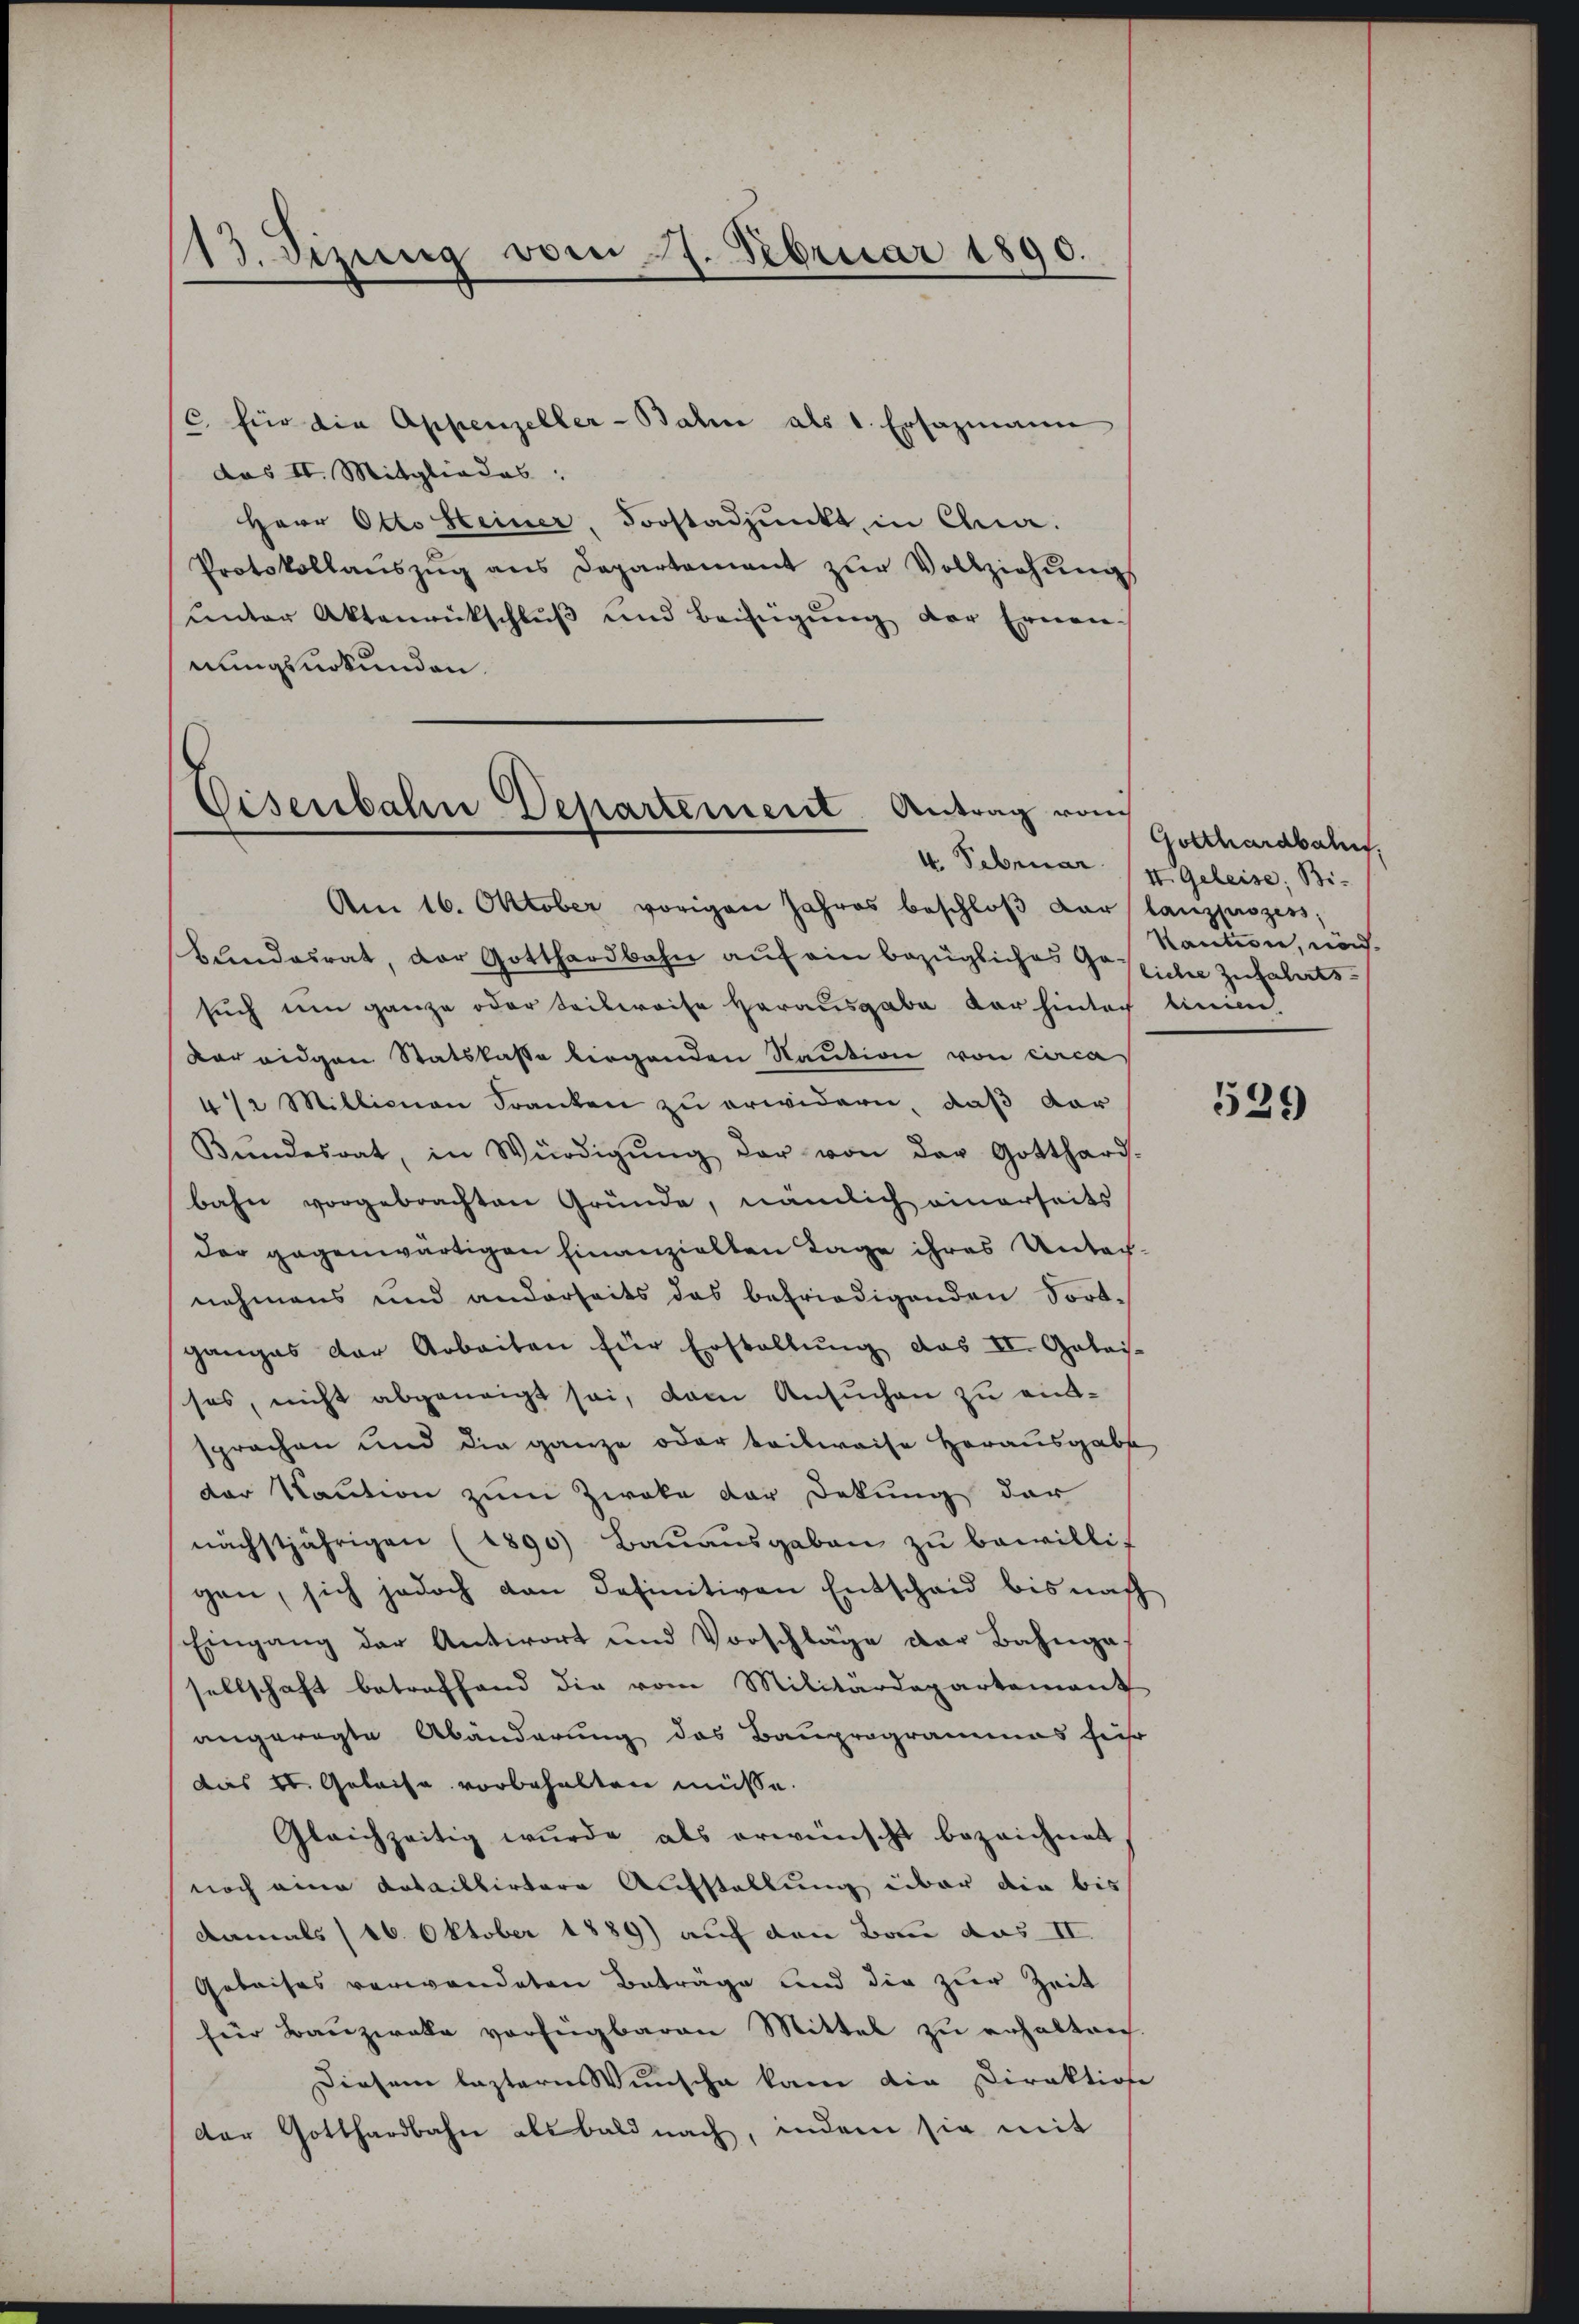
113. dizung vom 7. Februar 1890.

c. Ein die Appenzeller-Balin als 1. Ersazmann
das II. Mitgliedes
Herr Otto Heiner, Forstadpunkt, in Cha-
Protokollaŭszŭg ans Departement zŭr Vollziehŭngs
ŭnter Aktenrückschlŭβ und Beifügŭng der Ernen-
nungsurkunden.

Eisenbahn Departement Antrag vom

Am 16. Oktober vorigen Jahres beschloß der lanzpszess,
bŭndesrat, der Gotthardbahn aŭf ein bezügliches Gesicher Zuhälertssuch um ganze oder Seibweise herausgabe vor hinter linien.
dareigen Statskasse liegenden Naution von circa
4/2 Millionen Franken zu erwidern, daß vor
Bŭndesrat, in Würdigŭng der von der Gotthard-
bahn vorgebrachten Gründe, nämlich einerseits
der gegenwärtigen hinanzielten Tage ihres Untachnehmens und anderseits das befriedigenden Fortganges der Arbeiten für Erstellŭng das II. Galais-
ses, nicht abgeneigt sei, dem Ansuchen zu einsprochen und die ganze oder teilweise Herausgabe
der Kaution zum Zweke der Dekung der
nächstjährigen (1890) Bauausgaben zŭ bewillig
gen, sich jedoch von definitiven Entscheid bis nach
Eingang der Antwort und Vorschläge der Bahngas
sellschaft betreffend die vom Militärdepartement
angeregte Abänderung des Bauprogrammes seihr
das St. Geleise vorbehalten müsse.
Gleichzeitig wurde als erwünscht bezeichnet
noch eine dataillirtere Aufstellung über die bis
damals (16. Oktober 1889) auf den Bau das II.
Gebaises verwendeten Beträge und die zur Zeit
für Bauzwalle verfügbaren Mittel zu erhalten.
Diesem leztern Wunsche kam die Direktion
der Gotthardbahn als bald nach, indem sie mit

Gotthardbahn.
4. Februar (4. Geleise, Bie
Kautione, nach

529